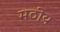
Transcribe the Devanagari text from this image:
मठीय